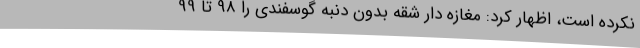
نکرده است، اظهار کرد: مغازه دار شقه بدون دنبه گوسفندی را 98 تا 99